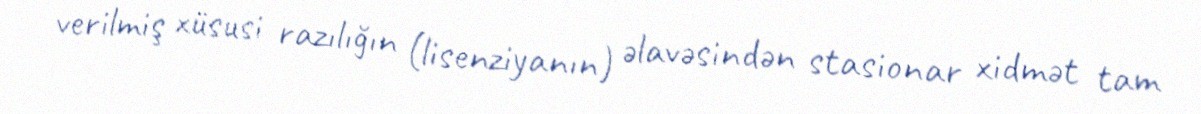
verilmiş xüsusi razılığın (lisenziyanın) əlavəsindən stasionar xidmət tam